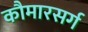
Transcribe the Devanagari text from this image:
कौमारसर्ग